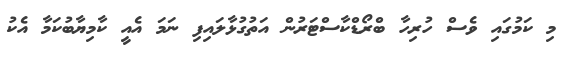
މި ކަމުގައި ވެސް ހުރިހާ ބްރޯޑްކާސްޓަރުން އަތުގުޅާލައިފި ނަމަ އެއީ ކާމިޔާބުކަމާ އެކު